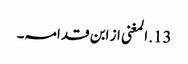
13. المغنی از ابن قدامہ۔